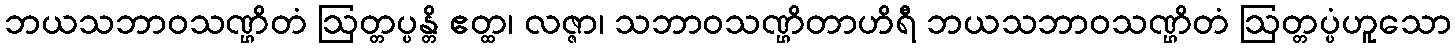
ဘယသဘာဝသဏ္ဌိတံ ဩတ္တပ္ပန္တိ ဧတ္ထ၊ လဇ္ဇာ၊ သဘာဝသဏ္ဌိတာဟိရီ ဘယသဘာဝသဏ္ဌိတံ ဩတ္တပ္ပံဟူသော